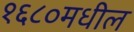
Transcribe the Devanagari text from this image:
१६८०मधील